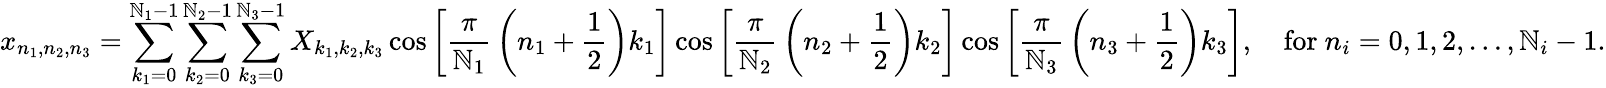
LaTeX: x_{n_{1},n_{2},n_{3}}=\sum_{k_{1}=0}^{\mathbb{N}_{1}-1}\sum_{k_{2}=0}^{\mathbb{N}_{2}-1}\sum_{k_{3}=0}^{\mathbb{N}_{3}-1}X_{k_{1},k_{2},k_{3}}\cos\left[{\frac{{\pi}}{{\mathbb{N}_{1}}}}\left(n_{1}+{\frac{{1}}{{2}}}\right)k_{1}\right]\cos\left[{\frac{{\pi}}{{\mathbb{N}_{2}}}}\left(n_{2}+{\frac{{1}}{{2}}}\right)k_{2}\right]\cos\left[{\frac{{\pi}}{{\mathbb{N}_{3}}}}\left(n_{3}+{\frac{{1}}{{2}}}\right)k_{3}\right],\quad{\mathrm{{for~}}}n_{i}=0,1,2,\dots,\mathbb{N}_{i}-1.